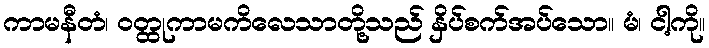
ကာမနီတံ၊ ဝတ္ထုကာမကိလေသာတို့သည် နှိပ်စက်အပ်သော။ မံ၊ ငါ့ကို။